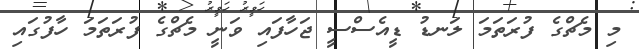
މި މެޗްގެ ފުރަތަމަ ލަނޑު ޑީއެސްސީ ޖަހާފައި ވަނީ މެޗްގެ ފުރަތަމަ ހާފުގައި